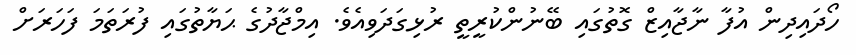
ހޯދައިދިން އުފާ ނާޖާއިޒް ގޮތުގައި ބޭނުންކުރީތީ ރުޅިގަދަވިއެވެ. އިމްޖާދުގެ ޙަޔާތުގައި ފުރަތަމަ ފަހަރަށް